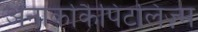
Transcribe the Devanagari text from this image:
अनार्कोकैपिटलिज़्म